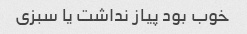
خوب بود پیاز نداشت یا سبزی